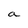
Character: a